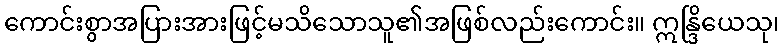
ကောင်းစွာအပြားအားဖြင့်မသိသောသူ၏အဖြစ်လည်းကောင်း။ ဣန္ဒြိယေသု၊